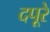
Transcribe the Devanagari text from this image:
दपूरे